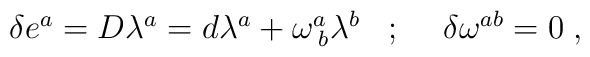
\begin{array}{lll}\delta e^{a}=D\lambda ^{a}=d\lambda ^{a}+\omega _{\;b}^{a}\lambda ^{b} & ;\;\; & \delta \omega ^{ab}=0\;,\end{array}